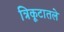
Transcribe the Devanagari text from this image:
त्रिकूटातले